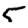
Digit: 5